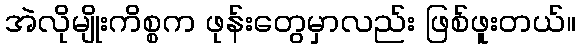
အဲလိုမျိုးကိစ္စက ဖုန်းတွေမှာလည်း ဖြစ်ဖူးတယ်။